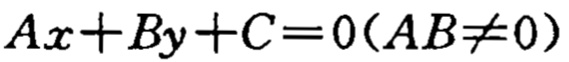
\(Ax + By + C = 0(AB\neq0)\)